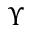
\Upsilon